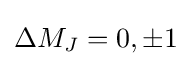
\Delta M_{J}=0,\pm 1